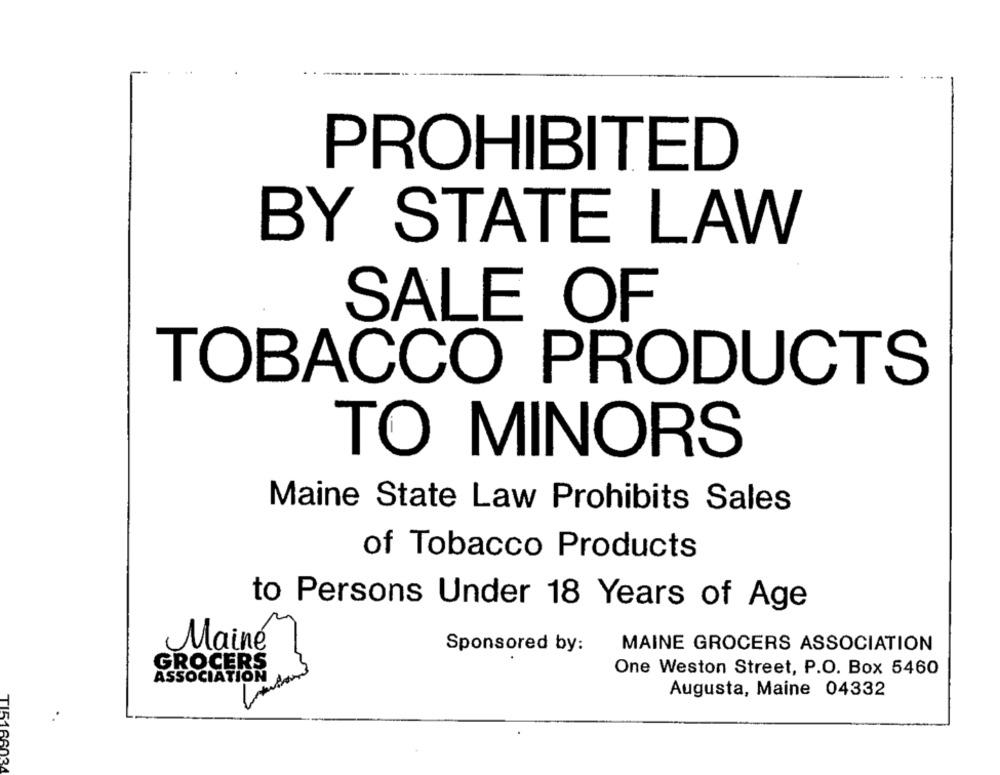
PROHIBITED
BY STATE LAW
SALE OF
TOBACCO PRODUCTS
TO MINORS
Maine State Law Prohibits Sales
of Tobacco Products
to Persons Under 18 Years of Age
Maine
Sponsored by:
MAINE GROCERS ASSOCIATION
GROCERS
One Weston Street, P.O. Box 5460
ASSOCIATION
Augusta, Maine 04332
TIS166